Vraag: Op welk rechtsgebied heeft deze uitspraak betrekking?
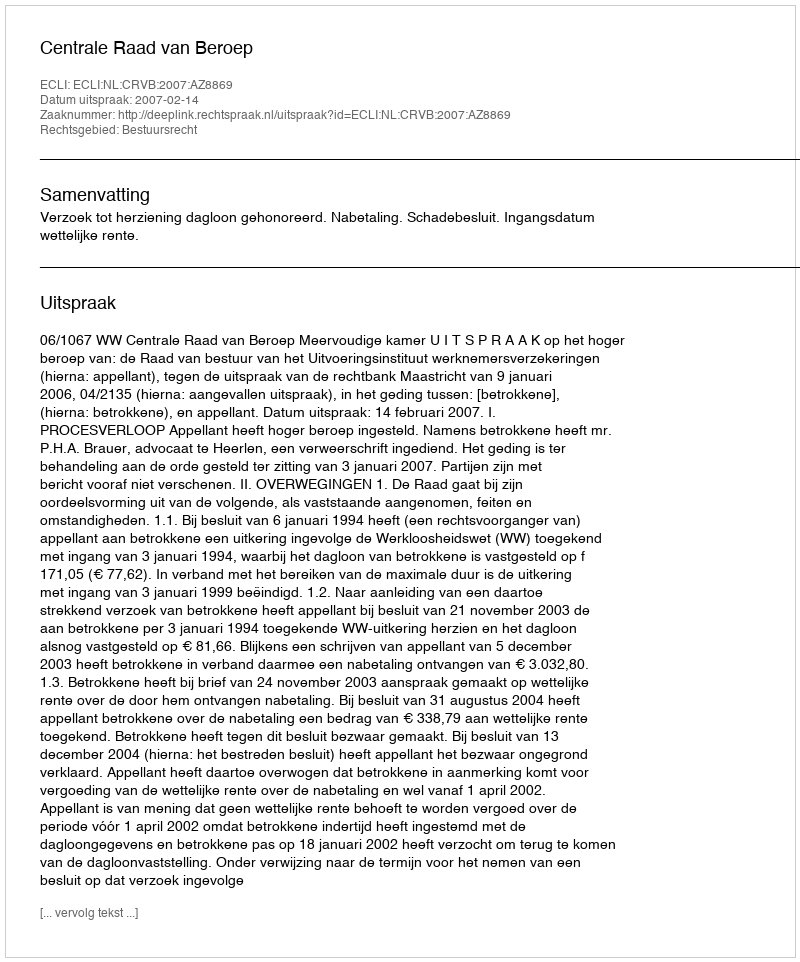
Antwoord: Bestuursrecht